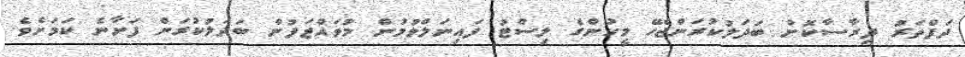
ދަފްތަރު ދިރާސާކޮށް ބަދަލުކުރަންޖެހޭ މީހުންގެ ލިސްޓު ފައިނަލްވުމުން މުވައްޒަފުން ބަދަލުކުރަން ފަށާނެ ކަމަށެވެ.